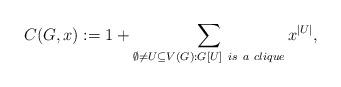
LaTeX: \begin{align*}C(G,x):= 1 + \sum_{\emptyset \neq U \subseteq V(G):G[U]~is~a~clique}x^{\vert U\vert}, \end{align*}